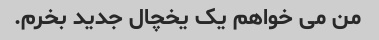
من می خواهم یک یخچال جدید بخرم.